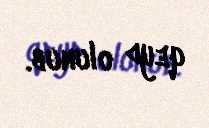
qeyd olunub.